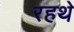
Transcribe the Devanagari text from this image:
रहथे